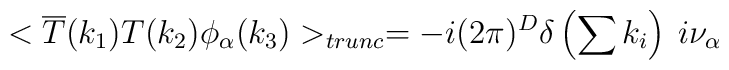
<\overline{T}(k_{1})T(k_{2})\phi _{\alpha }(k_{3})>_{trunc}=-i(2\pi )^{D}\delta \left( \sum k_{i}\right) \: i\nu _{\alpha }